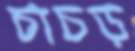
চাচড়